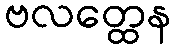
ဗလတ္ထေန